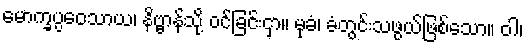
မောက္ခပ္ပဝေသာယ၊ နိဗ္ဗာန်သို့ ဝင်ခြင်းငှာ။ မုခံ၊ ခံတွင်းသဖွယ်ဖြစ်သော။ ဝါ၊